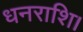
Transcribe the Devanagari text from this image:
धनराशि।